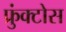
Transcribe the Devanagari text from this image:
फ्रुंक्टोस